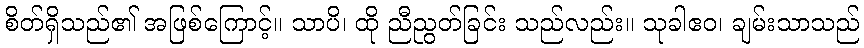
စိတ်ရှိသည်၏ အဖြစ်ကြောင့်။ သာပိ၊ ထို ညီညွတ်ခြင်း သည်လည်း။ သုခါဧဝ၊ ချမ်းသာသည်